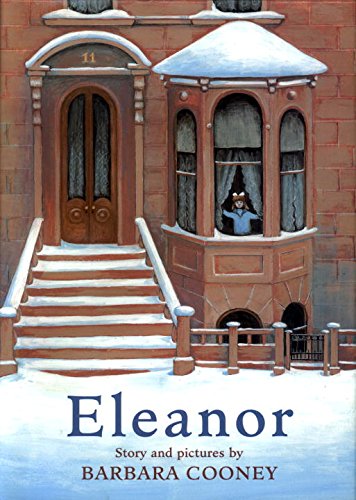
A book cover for Eleanor (Picture Puffin Books); Barbara Cooney; Children's Books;